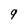
Character: 9